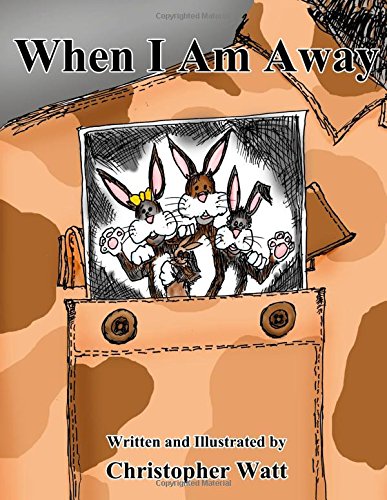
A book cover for When I Am Away; Christopher Watt; Parenting & Relationships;